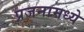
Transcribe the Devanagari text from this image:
प्रजनामध्ये